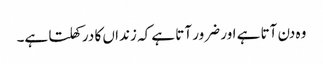
وہ دن آتا ہے اور ضرور آتا ہے کہ زنداں کا در کھلتا ہے۔